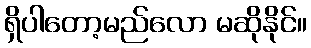
ရှိပါတော့မည်လော မဆိုနိုင်။